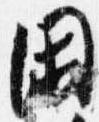
閑